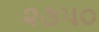
૨૩૫૦